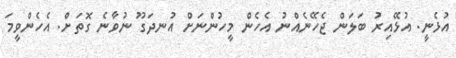
އުޅެނީ. އުޅޭއިރު ބަލަން ޖެހޭނެއްނު އެހެން މީހުންނަށް އުނދަގޫ ނުވާނެ ގޮތަށް. އެހެންވީމަ